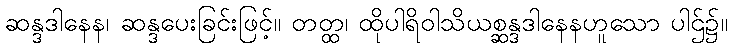
ဆန္ဒဒါနေန၊ ဆန္ဒပေးခြင်းဖြင့်။ တတ္ထ၊ ထိုပါရိဝါသိယစ္ဆန္ဒဒါနေနဟူသော ပါဌ်၌။